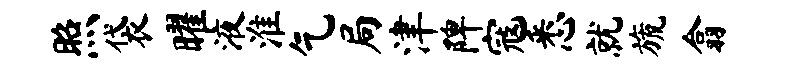
照袋曜液淮乞局津陴寇悉就旒翕